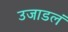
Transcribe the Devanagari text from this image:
उजाडलं